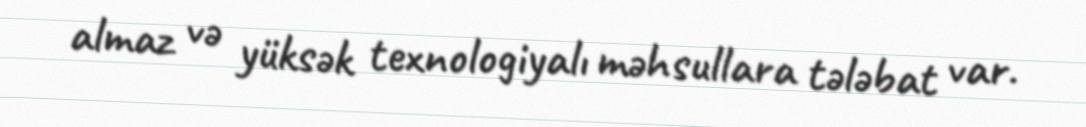
almaz və yüksək texnologiyalı məhsullara tələbat var.